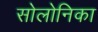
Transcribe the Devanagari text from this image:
सोलोनिका